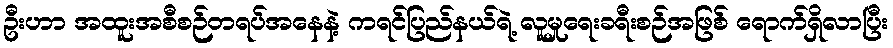
ဦးဟာ အထူးအစီစဉ်တရပ်အနေနဲ့ ကရင်ပြည်နယ်ရဲ့ လူမှုရေးခရီးစဉ်အဖြစ် ရောက်ရှိလာပြီး